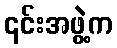
၎င်းအဖွဲ့က